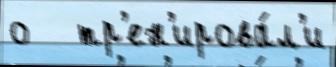
о   тр'ен'ирова́л'и